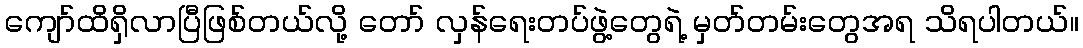
ကျော်ထိရှိလာပြီဖြစ်တယ်လို့ တော် လှန်ရေးတပ်ဖွဲ့တွေရဲ့ မှတ်တမ်းတွေအရ သိရပါတယ်။